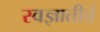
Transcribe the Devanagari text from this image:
स्वज्ञातीचें